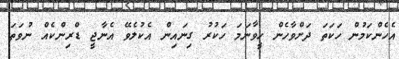
އެހެންކަމުން ހަކަތަ ދަށްވާހެން ހީވާނަމަ ހަކުރު ގިނައިން އެކުލެވޭ އެނާޖީ ޑްރިންކެއް ނުވަތަ